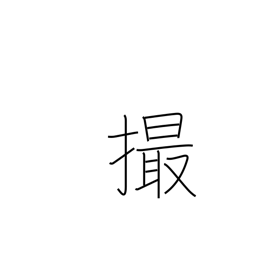
Meaning: take pictures